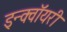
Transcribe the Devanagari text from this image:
इन्क्वॉयरी